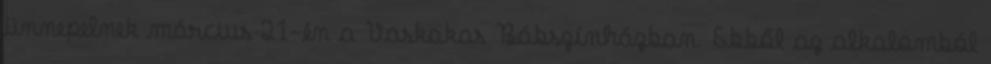
ünnepelnek március 21-én a Vaskakas Bábszínházban. Ebből az alkalomból